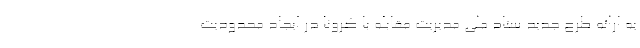
به ارائه طرح جدید ستاد ملی مدیریت مقابله با کرونا در ایجاد محدودیت